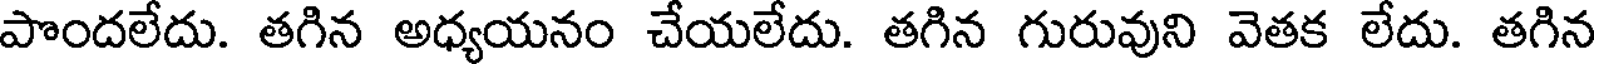
పొందలేదు. తగిన అధ్యయనం చేయలేదు. తగిన గురువుని వెతక లేదు. తగిన